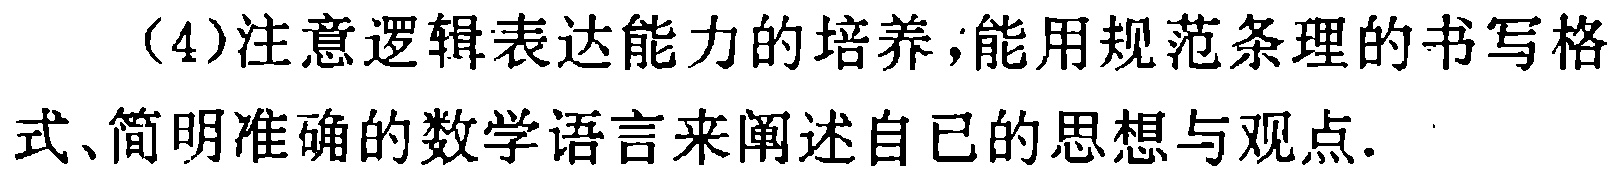
（4）注意逻辑表达能力的培养，能用规范条理的书写格式、简明准确的数学语言来阐述自已的思想与观点.